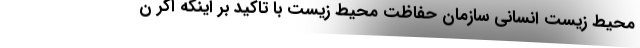
محیط ‌زیست انسانی سازمان حفاظت محیط‌ زیست با تاکید بر اینکه اگر ن